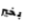
بخير